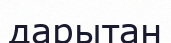
дарытан